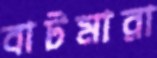
বাটমারা